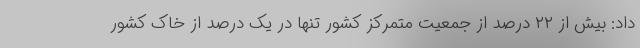
داد: بیش از ۲۲ درصد از جمعیت متمرکز کشور تنها در یک درصد از خاک کشور